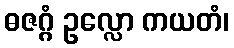
ဓဇဂ္ဂံ ဥလ္လော ကယတံ၊